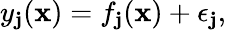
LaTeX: y_{\mathbf{j}}(\mathbf{x})=f_{\mathbf{j}}(\mathbf{x})+\epsilon_{\mathbf{j}},